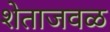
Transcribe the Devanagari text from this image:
शेताजवळ